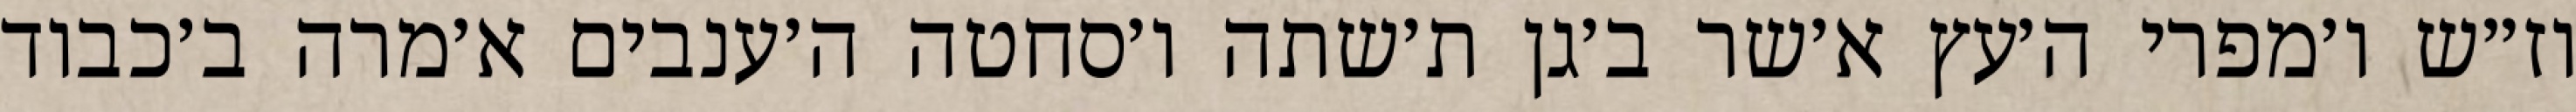
וז״ש ו׳מפרי ה׳עץ א׳שר ב׳גן ת׳שתה ו׳סחטה ה׳ענבים א׳מרה ב׳כבוד